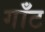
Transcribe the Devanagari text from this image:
गॉंट